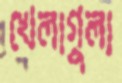
খেলাগুলা